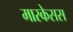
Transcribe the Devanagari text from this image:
मारकेसस